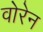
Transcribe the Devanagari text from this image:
वोरेन